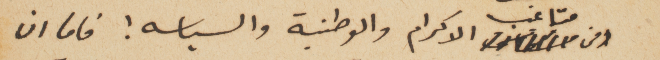
ومن متاعب الاكرام والوطنية والسياسه! فاما ان